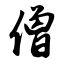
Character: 僧